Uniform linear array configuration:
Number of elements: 32
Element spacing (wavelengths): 0.5
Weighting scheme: binomial
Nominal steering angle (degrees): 15
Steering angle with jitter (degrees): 14.261
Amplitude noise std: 0.05
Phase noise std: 0.05

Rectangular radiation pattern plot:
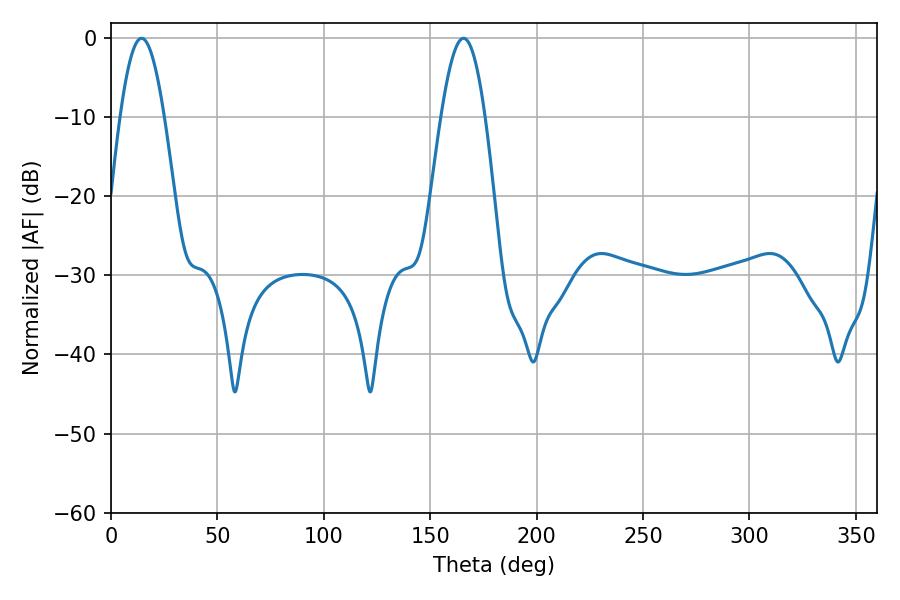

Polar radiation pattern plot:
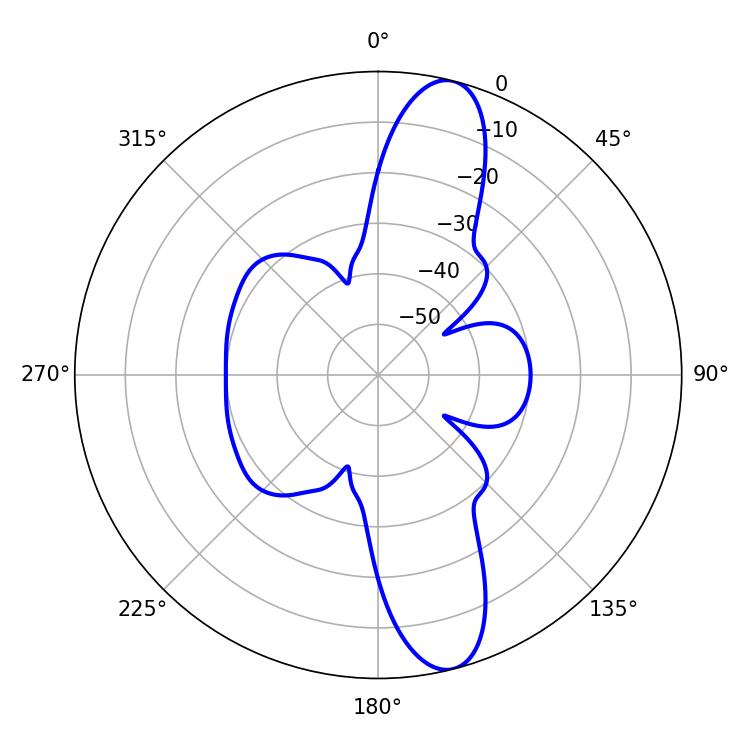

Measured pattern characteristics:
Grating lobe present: FALSE
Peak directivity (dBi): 12.796
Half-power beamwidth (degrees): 11.16
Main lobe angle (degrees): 14.4